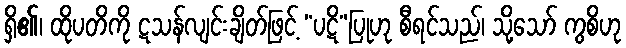
ရှိ၏၊ ထိုပတိကို ဋသန်လျင်းချိတ်ဖြင့် “ပဋိ”ပြုဟု စီရင်သည်၊ သို့သော် ကွစိဟု